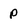
Character: p